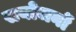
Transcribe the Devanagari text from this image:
सयोजनों